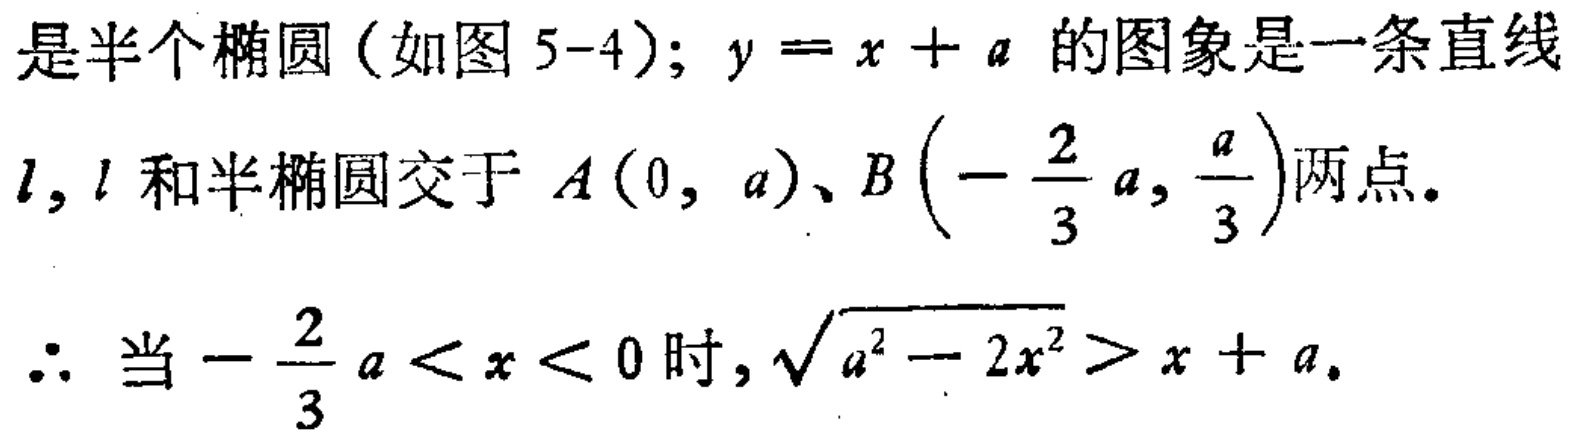
是半个椭圆（如图 5-4）；$y = x + a$ 的图象是一条直线
$l$，$l$ 和半椭圆交于 $A(0, a)$、$B\left(-\frac{2}{3}a, \frac{a}{3}\right)$两点。
$\therefore$ 当 $-\frac{2}{3}a < x < 0$ 时，$\sqrt{a^{2} - 2x^{2}} > x + a$。